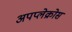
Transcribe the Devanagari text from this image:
अपप्लेक्रोस